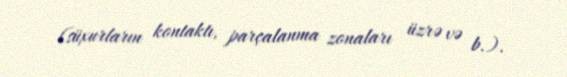
(süxurların kontaktı, parçalanma zonaları üzrə və b.).